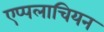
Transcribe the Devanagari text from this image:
एप्पलाचियन